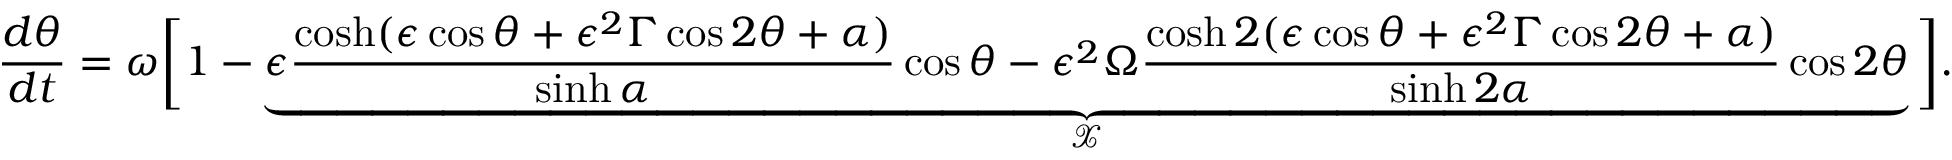
\frac { d \theta } { d t } = \omega \bigg [ 1 - \underbrace { \epsilon \frac { \cosh ( \epsilon \cos \theta + \epsilon ^ { 2 } \Gamma \cos 2 \theta + \alpha ) } { \sinh \alpha } \cos \theta - \epsilon ^ { 2 } \Omega \frac { \cosh 2 ( \epsilon \cos \theta + \epsilon ^ { 2 } \Gamma \cos 2 \theta + \alpha ) } { \sinh 2 \alpha } \cos 2 \theta } _ { \mathcal { X } } \bigg ] .